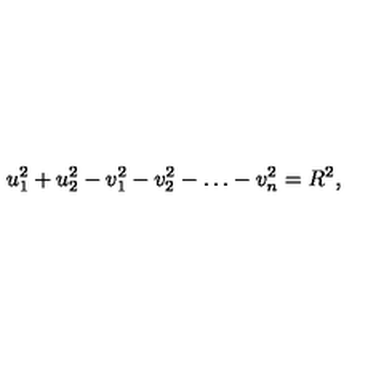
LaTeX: u _ { 1 } ^ { 2 } + u _ { 2 } ^ { 2 } - v _ { 1 } ^ { 2 } - v _ { 2 } ^ { 2 } - \ldots - v _ { n } ^ { 2 } = R ^ { 2 } ,